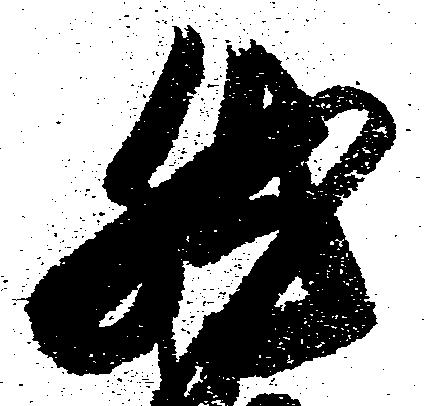
然